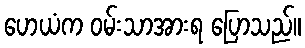
ဟေယံက ဝမ်းသာအားရ ပြောသည်။